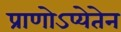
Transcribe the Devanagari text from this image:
प्राणोऽप्येतेन